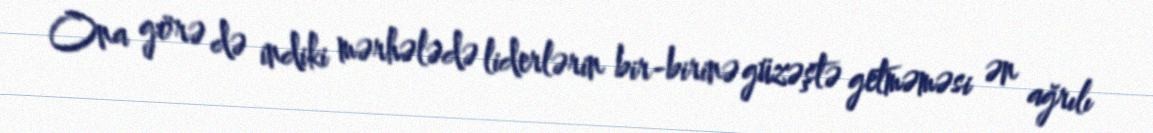
Ona görə də indiki mərhələdə liderlərin bir-birinə güzəştə getməməsi ən ağrılı